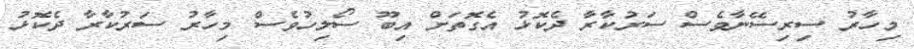
މިހާރު ސިރިސޭނާވެސް ސަރުކާރާ ދެކޮޅު އެގޮތަށް އިބޫ ސޯލިހުވެސް މިހާރު ސަރުކާރާ ދެކޮޅު